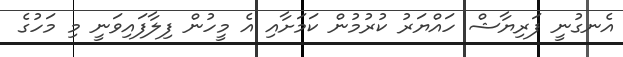
އެނގުނީ ފަރިޔާޝް ހައްޔަރު ކުރުމުން ކަމަށާއި އެ މީހުން ފިލާފައިވަނީ މި މަހުގެ